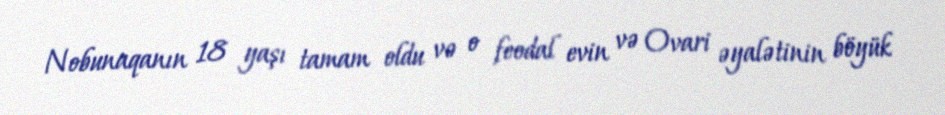
Nobunaqanın 18 yaşı tamam oldu və o feodal evin və Ovari əyalətinin böyük